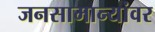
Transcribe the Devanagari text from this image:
जनसामान्यांवर